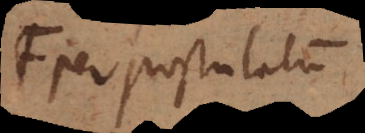
per postulatum